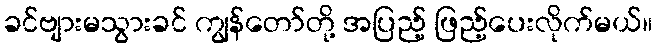
ခင်ဗျားမသွားခင် ကျွန်တော်တို့ အပြည့် ဖြည့်ပေးလိုက်မယ်။